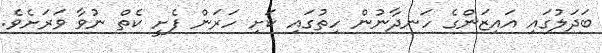
ބަދަލުގައި އައިޒަންގެ ހަނދާނުން ހިތުގައި ކަށި ހަރަން ފެށީ ކެތް ނުވާ ވަރަށެވެ.